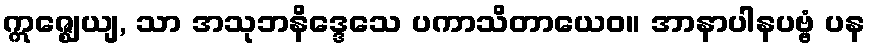
ဣဇ္ဈေယျ, သာ အသုဘနိဒ္ဒေသေ ပကာသိတာယေဝ။ အာနာပါနပဗ္ဗံ ပန